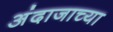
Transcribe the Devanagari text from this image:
अंदाजाच्या